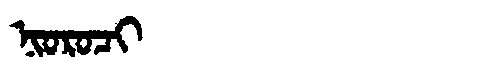
Manchu: ᠨᡳᠣᡵᠣᠴᡳ
Romanization: NIOROCI